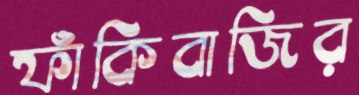
ফাঁকিবাজির